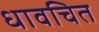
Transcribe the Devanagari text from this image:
धावचित